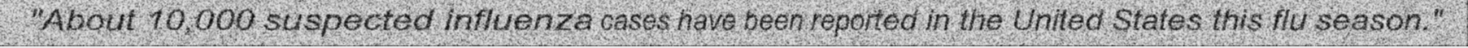
"About 10,000 suspected influenza cases have been reported in the United States this flu season."